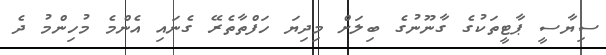
ސިޔާސީ ޕާޓީތަކުގެ ގާނޫނުގެ ބިލަށް މިދިޔަ ހަފްތާތެރޭ ގެނައި އެންމެ މުހިންމު ދެ